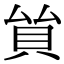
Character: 𧴵